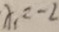
x _ { 1 } = - 2